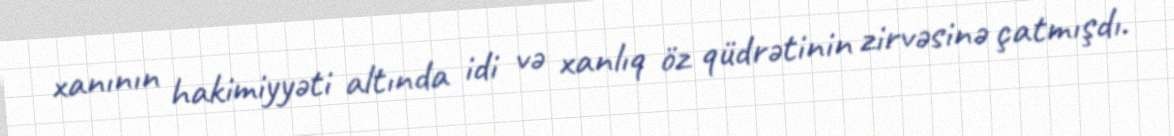
xanının hakimiyyəti altında idi və xanlıq öz qüdrətinin zirvəsinə çatmışdı.